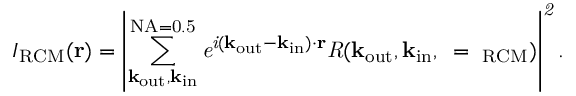
I _ { \mathrm { R C M } } ( \bf { r } ) \it = \left| \sum _ { \bf k _ { \mathrm { o u t } } , \bf k _ { \mathrm { i n } } } ^ { \mathrm { N A = 0 . 5 } } e ^ { i ( { \bf k } _ { \mathrm { o u t } } - { \bf k } _ { \mathrm { i n } } ) \cdot { \bf r } } R ( \bf k _ { \mathrm { o u t } } , \bf k _ { \mathrm { i n } } , \omega = \omega _ { \mathrm { R C M } } ) \right| ^ { 2 } .